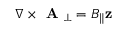
\nabla \times \textbf { A } _ { \perp } = B _ { \parallel } \mathbf { z }